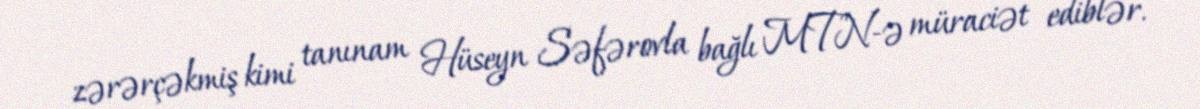
zərərçəkmiş kimi tanınam Hüseyn Səfərovla bağlı MTN-ə müraciət ediblər.